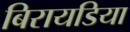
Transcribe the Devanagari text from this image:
बिरायडिया